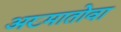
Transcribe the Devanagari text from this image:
अख्मातोवा